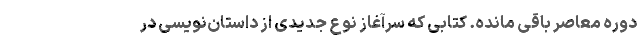
دوره معاصر باقی مانده. کتابی که سرآغاز نوع جدیدی از داستان‌نویسی در